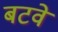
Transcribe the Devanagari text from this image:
बटवे